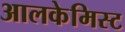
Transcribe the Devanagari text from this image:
आलकेमिस्ट